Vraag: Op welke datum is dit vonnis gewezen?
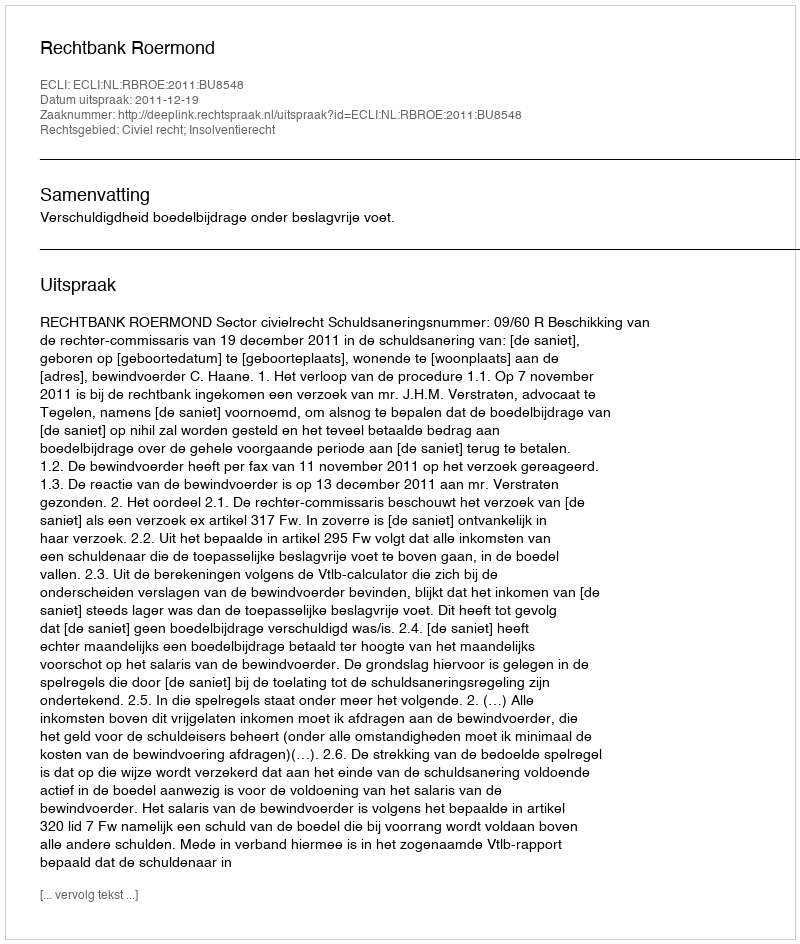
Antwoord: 2011-12-19